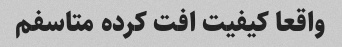
واقعا کیفیت افت کرده متاسفم